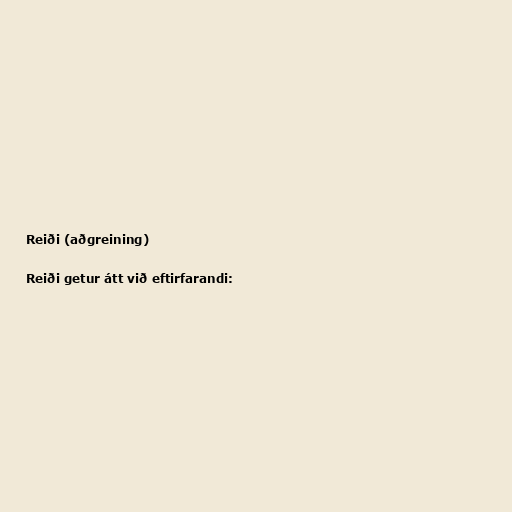
Reiði (aðgreining)

Reiði getur átt við eftirfarandi: